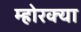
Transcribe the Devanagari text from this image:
म्होरक्‍या